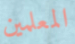
المعلمين